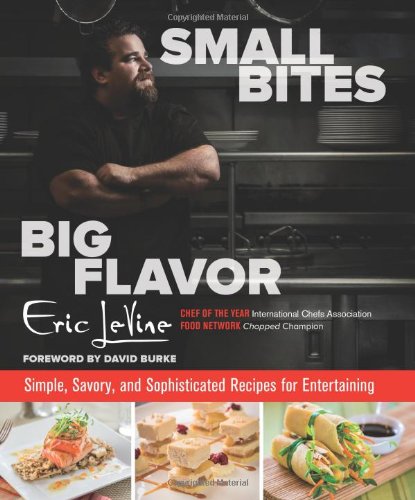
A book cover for Small Bites Big Flavor: Simple, Savory, And Sophisticated Recipes For Entertaining; Eric Levine; Cookbooks, Food & Wine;